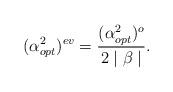
LaTeX: \begin{align*}(\alpha^{2}_{opt})^{ev}=\frac{(\alpha^{2}_{opt})^{o}}{2\mid\beta\mid}.\end{align*}